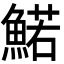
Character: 鰙